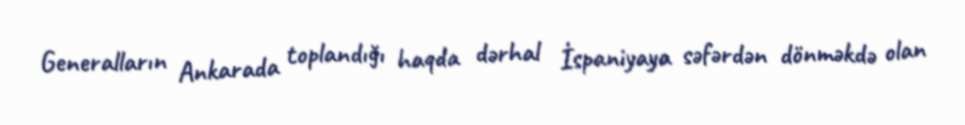
Generalların Ankarada toplandığı haqda dərhal İspaniyaya səfərdən dönməkdə olan